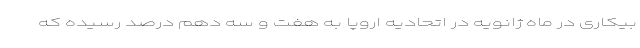
بیکاری در ماه ژانویه در اتحادیه اروپا به هفت و سه دهم درصد رسیده که